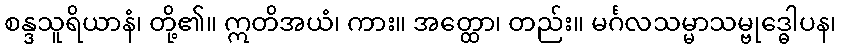
စန္ဒသူရိယာနံ၊ တို့၏။ ဣတိအယံ၊ ကား။ အတ္ထော၊ တည်း။ မင်္ဂလသမ္မာသမ္ဗုဒ္ဓေါပန၊